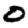
Digit: 0